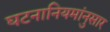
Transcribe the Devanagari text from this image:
घटनानियमांनुसार